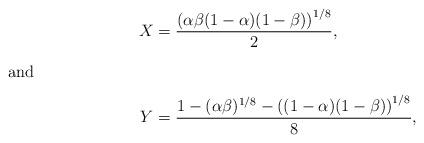
LaTeX: \begin{align*}X&=\dfrac{\left(\alpha\beta(1-\alpha)(1-\beta)\right)^{1/8}}{2},\intertext{and}Y&=\dfrac{1-(\alpha\beta)^{1/8}-\left((1-\alpha)(1-\beta)\right)^{1/8}}{8},\end{align*}